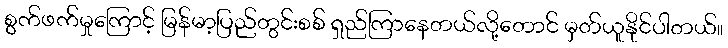
စွက်ဖက်မှုကြောင့် မြန်မာ့ပြည်တွင်းစစ် ရှည်ကြာနေတယ်လို့တောင် မှတ်ယူနိုင်ပါတယ်။